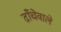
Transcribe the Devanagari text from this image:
ढाँचेवाले